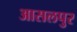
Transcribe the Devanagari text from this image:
आसलपुर